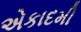
એકાદમી